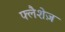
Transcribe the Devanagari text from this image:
फ्लैशेज़